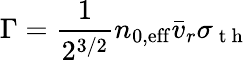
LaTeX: \Gamma=\frac{1}{2^{3/2}}n_{0,\mathrm{{eff}}}\bar{v}_{r}\sigma_{\mathrm{~t~h~}}